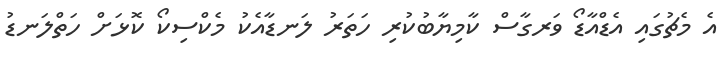
އެ މެޗުގައި އެޑްއާޑޯ ވަރގާސް ކާމިޔާބުކުރި ހަތަރު ލަނޑާއެކު މެކްސިކޯ ކޮޅަށް ހަތްލަނޑު